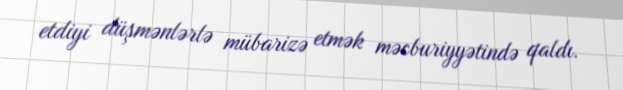
etdiyi düşmənlərlə mübarizə etmək məcburiyyətində qaldı.